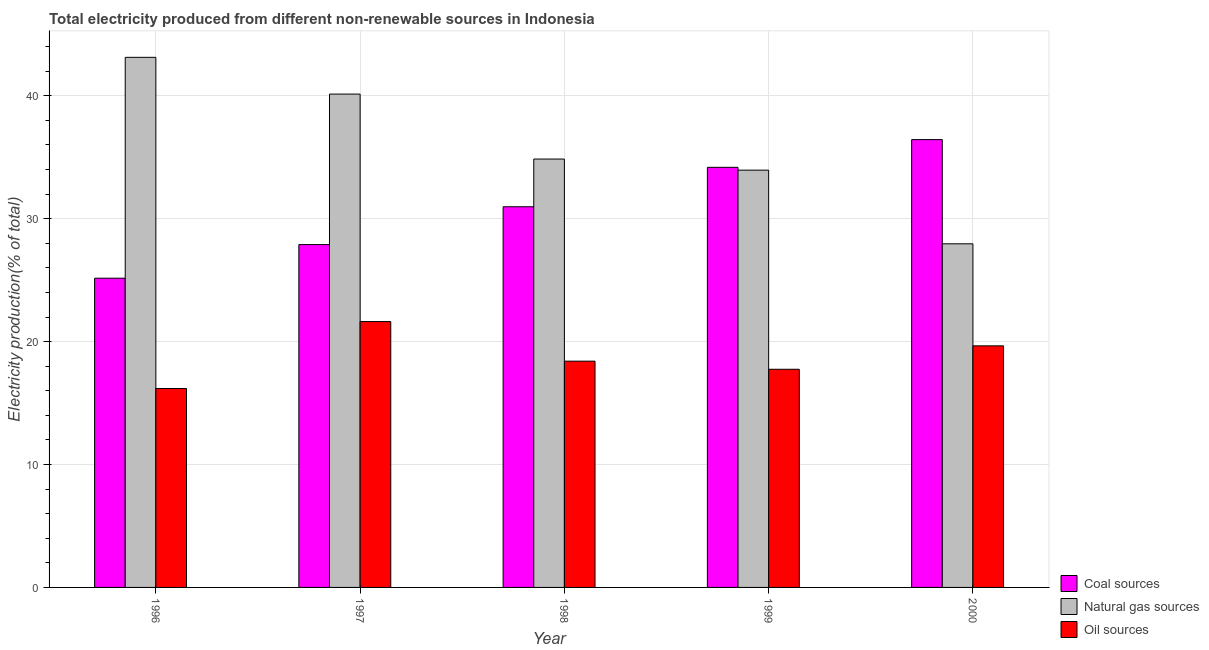
| Year | Coal sources | Natural gas sources | Oil sources |
 | --- | --- | --- | --- |
 | 1996 | 25.2 | 43.1 | 16.2 |
 | 1997 | 27.9 | 40.1 | 21.6 |
 | 1998 | 31 | 34.9 | 18.4 |
 | 1999 | 34.2 | 33.9 | 17.7 |
 | 2000 | 36.4 | 28 | 19.7 |